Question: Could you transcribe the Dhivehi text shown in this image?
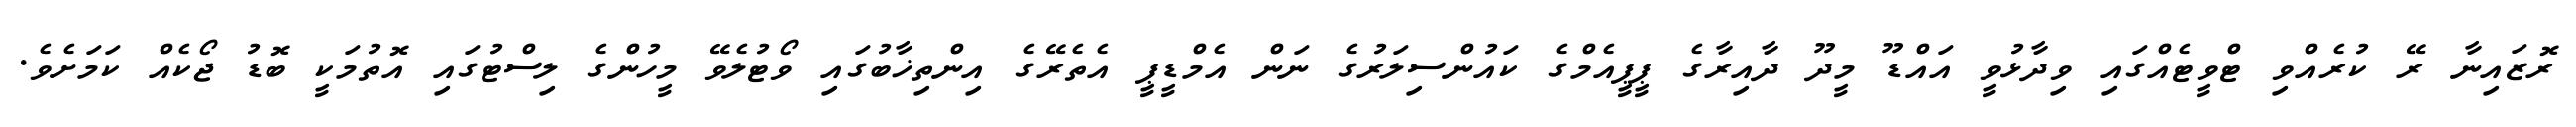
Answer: ރޮޒައިނާ ރޭ ކުރެއްވި ޓްވީޓެއްގައި ވިދާޅުވީ އައްޑޫ މީދޫ ދާއިރާގެ ޕީޕީއެމްގެ ކައުންސިލަރުގެ ނަން އެމްޑީޕީ އެތެރޭގެ އިންތިޚާބުގައި ވޯޓުލެވޭ މީހުންގެ ލިސްޓުގައި އޮތުމަކީ ބޮޑު ޖޯކެއް ކަމަށެވެ.